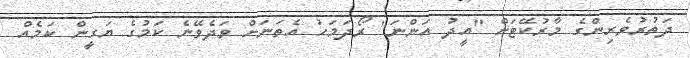
ދަތުރުވެރިންގެ މާރުކޭޓަށް "އީދު އަަންނަ" ރޯދަމަހު އެތަނަށް ވަދެވޭނެ ކަމުގެ ޔަގީން ކަމެއް